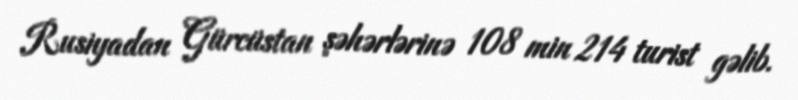
Rusiyadan Gürcüstan şəhərlərinə 108 min 214 turist gəlib.